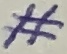
Text: #